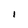
Character: I